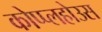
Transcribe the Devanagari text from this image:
कोप्प्लहोउस